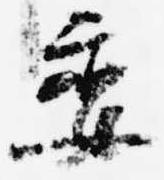
委